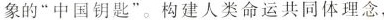
象的”中国钥匙”。构建人类命运共同体理念，